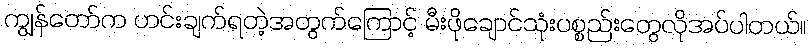
ကျွန်တော်က ဟင်းချက်ရတဲ့အတွက်ကြောင့် မီးဖိုချောင်သုံးပစ္စည်းတွေလိုအပ်ပါတယ်။